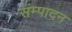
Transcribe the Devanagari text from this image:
संम्पादन